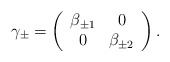
\begin{align*}\gamma_\pm = \left( \begin{array}{cc}\beta_{\pm 1} & 0 \\0 & \beta_{\pm 2}\end{array} \right).\end{align*}